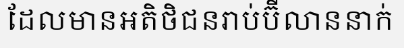
ដែលមានអតិថិជនរាប់ប៊ីលាននាក់